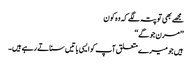
مجھے بھی تو پتہ لگے کہ وہ کون
’’مرن جوگے‘‘
ہیں جو میرے متعلق آپ کو ایسی باتیں سناتے رہے ہیں۔